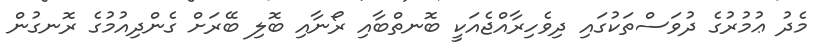
މެދު ޢުމުރުގެ ދުވަސްތަކުގައި ދިވެހިރާއްޖެއަކީ ބޮނތްބާއި ރޯނާއި ބޮލި ބޭރަށް ގެންދިއުމުގެ ރޮނގުން